Civil Veterinary Dept. Assam report 1927-50 - 1927-1950
Year: 1927
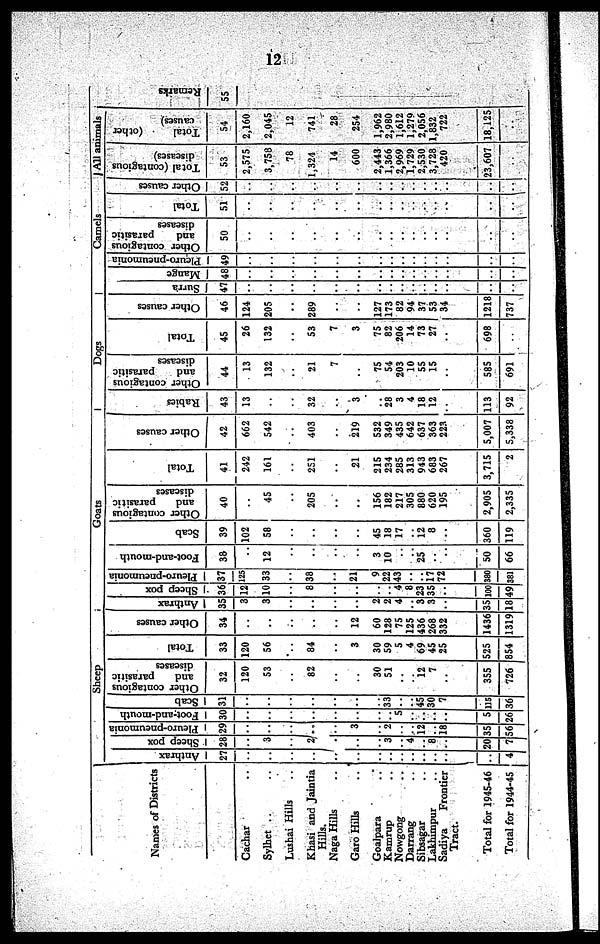
12
Names of Districts
Cachar ..
Sylhet .. ..
Lushai Hills ..
Khasi and Jaintia
Hills.
Naga Hills ..
Garo Hills ..
Goalpara ..
Kamrup ..
Nowgong ..
Darrang ..
Sibsagar ..
Lakhimpur ..
Sadiya
Frontier
Tract.
Total for 1945-46
Total for 1944-45
Sheep
Anthrax
27
..
..
..
..
..
..
..
..
..
..
..
..
..
..
4
Sheep pox
28
..
3
..
2
..
..
..
3
..
4
..
8
..
20
7
Pleuro-pneumonia
29
..
..
..
..
..
3
..
2
..
..
12
..
18
35
56
Foot-and-mouth
30
..
..
..
..
..
..
..
5
..
..
..
..
5
26
Scab
31
..
..
..
..
..
..
..
33
..
..
45
30
7
115
36
Other contagious
and
parasitic
diseases
32
120
53
..
82
..
..
30
51
..
..
12
7
..
355
726
Total
33
120
56
..
84
..
3
30
59
5
4
69
45
25
525
854
Other causes
34
..
..
..
..
..
12
60
128
75
125
436
268
332
1436
1319
Goats
Anthrax
35
3
3
..
..
..
..
2
2
4
..
3
3
..
35
18
Sheep pox
36
12
10
..
8
..
..
..
..
4
8
23
35
100
49
Pleuro-pneumonia
37
125
33
..
38
..
21
9
22
43
..
..
17
72
380
381
Foot-and-mouth
38
..
12
..
..
..
..
3
10
..
..
25
..
..
50
66
Scab
39
102
58
..
..
..
..
45
18
17
..
12
8
..
360
119
Other contagious
and
parasitic
diseases
40
..
45
..
205
..
..
156
182
217
305
880
620
195
2,905
2,335
Total
41
242
161
..
251
..
21
215
234
285
313
943
683
267
3,715
2
Dogs
Other causes
42
662
542
..
403
..
219
532
349
435
642
637
363
223
5,007
5,338
Rabies
43
13
..
..
32
..
3
..
28
3
4
18
12
..
113
92
Other contagious
and
parasitic
diseases
44
13
132
..
21
7
..
75
54
203
10
55
15
..
585
691
Total
45
26
132
..
53
7
3
75
82
206
14
73
27
..
698
..
Other causes
46
124
205
..
289
..
..
127
173
82
94
37
53
34
1218
737
Camels
Surra
47
..
..
..
..
..
..
..
..
..
..
..
..
..
..
..
Mange
48
..
..
..
..
..
..
..
..
..
..
..
..
..
..
..
Pleuro-pneumonia
49
..
..
..
..
..
..
..
..
..
..
..
..
..
..
..
Other contagious
and
parasitic
diseases
50
..
..
..
..
..
..
..
..
..
..
..
..
..
..
..
Total
51
..
..
..
..
..
..
..
..
..
..
..
..
..
..
..
Other causes
52
..
..
..
..
..
..
..
..
..
..
..
..
..
..
..
All animals
Total (contagious
diseases)
53
2,575
3,758
78
1,324
14
600
2,443
1,366
2,969
1,729
2,530
3,728
420
23,607
..
Total
(other
causes)
54
2,160
2,045
12
741
28
254
1,962
2,980
1,612
1,279
2,056
1,832
722
18,125
..
Remarks
55